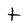
Character: t